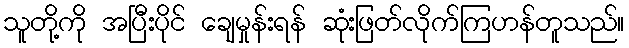
သူတို့ကို အပြီးပိုင် ချေမှုန်းရန် ဆုံးဖြတ်လိုက်ကြဟန်တူသည်။